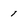
Character: 1